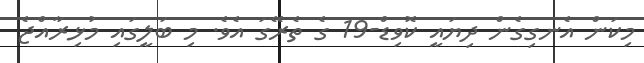
މިކަން އެނގިގެން ދިޔައީ ކޮވިޑް-19 ގެ ތެރޭގަ އެވެ. މި ބަލީގައި މުޅިރާއްޖެ